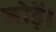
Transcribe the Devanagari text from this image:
जोड़ें।